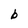
Character: b